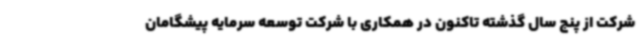
شرکت از پنج سال گذشته تاکنون در همکاری با شرکت توسعه سرمایه پیشگامان